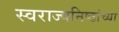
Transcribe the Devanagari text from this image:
स्वराज्यनिष्ठांच्या